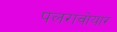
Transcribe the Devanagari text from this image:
पलरावोयार